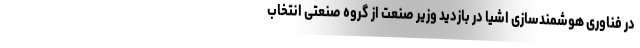
در فناوری هوشمندسازی اشیا در بازدید وزیر صنعت از گروه صنعتی انتخاب